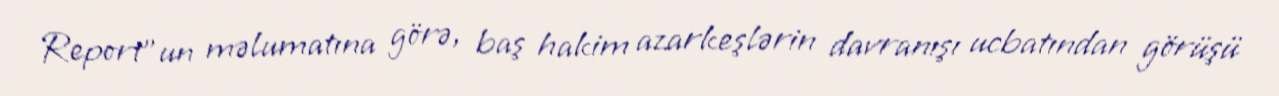
Report"un məlumatına görə, baş hakim azarkeşlərin davranışı ucbatından görüşü